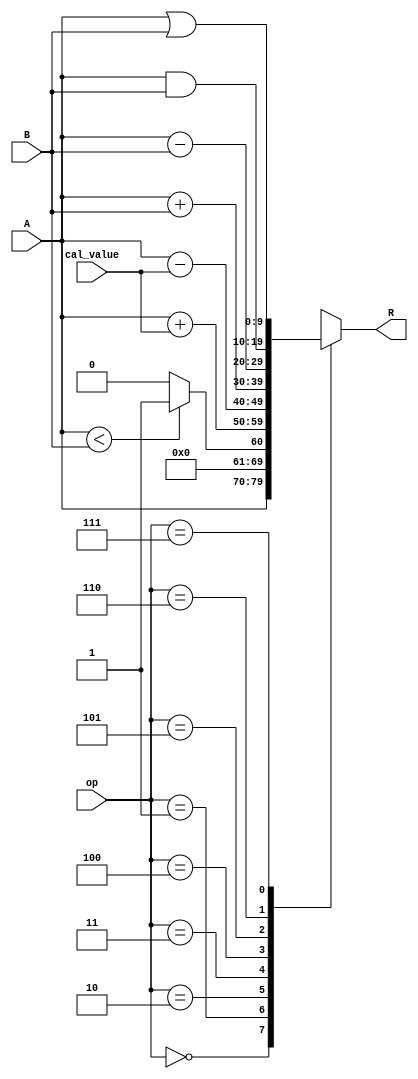
`timescale 1ns / 1ps
//////////////////////////////////////////////////////////////////////////////////
// Company: 
// Engineer: 
// 
// Design Name: 
// Module Name: ALU
// Project Name: 
// Target Devices: 
// Tool Versions: 
// Description: 
// 
// Dependencies: 
// 
// Revision:
// Revision 0.01 - File Created
// Additional Comments:
// 
//////////////////////////////////////////////////////////////////////////////////


module ALU #(
    parameter REGISTER_LEN  =   10
)
(
    input [2:0] op,
    input [3:0] cal_value,
    input [REGISTER_LEN-1:0]    A,
    input [REGISTER_LEN-1:0]    B,
    output reg [REGISTER_LEN-1:0]    R
    );

always @(*) begin
    case(op)
    3'b000:R <= A;
    3'b001:R <= A<B?1:0;
    3'b010:R <= A+cal_value;
    3'b011:R <= A-cal_value;
    3'b100:R <= A+B;
    3'b101:R <= A-B;
    3'b110:R <= A&B;
    3'b111:R <= A|B;
    default:R <= A;        
    endcase
end
endmodule